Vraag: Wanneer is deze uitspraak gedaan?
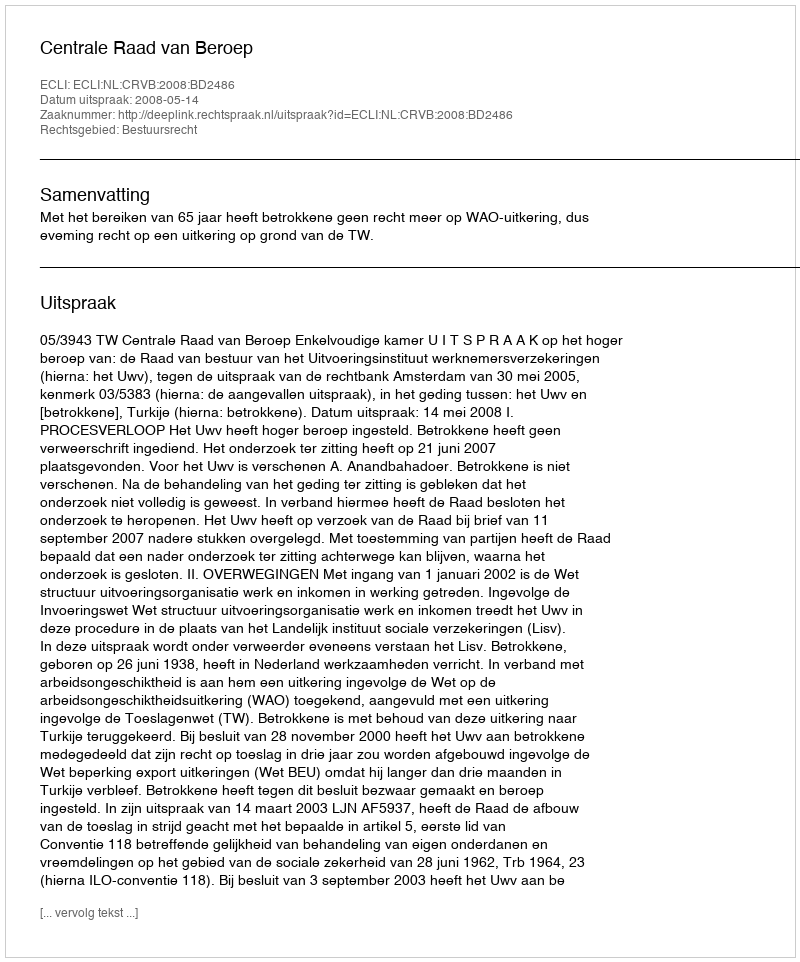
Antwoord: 2008-05-14